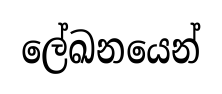
ලේඛනයෙන්